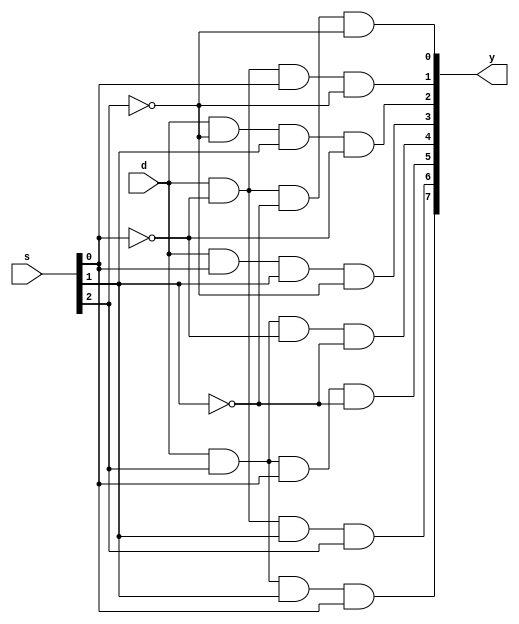
module demux(s,d,y);
input d;
input [2:0]s;
output[7:0]y;
wire w1,w2,w3;
not g1(w1,s[0]);
not g2(w2,s[1]);
not g3(w3,s[2]);
and g4(y[0],d,w1,w2,w3);
and g5(y[1],d,w1,s[0],w3);
and g6(y[2],d,w3,s[1],w1);
and g7(y[3],d,s[0],s[1],w3);
and g8(y[4],d,s[2],w1,w2);
and g9(y[5],d,s[2],s[0],w2);
and g10(y[6],d,w1,s[1],s[2]);
and g11(y[7],d,s[2],s[1],s[0]);
endmodule